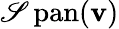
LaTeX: \operatorname{\mathscr{S}pan}(\mathbf{{v}})